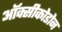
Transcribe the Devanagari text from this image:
ऑक्सीकोडोन